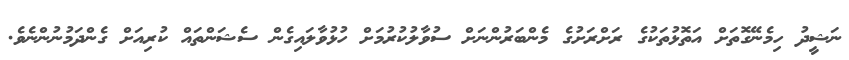
ނަޝީދު ހިމެނޭގޮތަށް އަތޮޅުތަކުގެ ރަށްރަށުގެ މެންބަރުންނަށް ސުވާލުކުރުމަށް ހުޅުވާލައިގެން ސެޝަންތައް ކުރިއަށް ގެންދަމުނުންނެވެ.